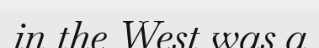
in the West was a